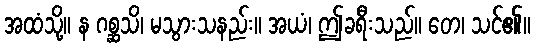
အထံသို့။ န ဂစ္ဆသိ၊ မသွားသနည်း။ အယံ၊ ဤခရီးသည်။ တေ၊ သင်၏။